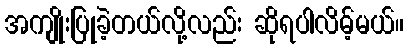
အကျိုးပြုခဲ့တယ်လို့လည်း ဆိုရပါလိမ့်မယ်။